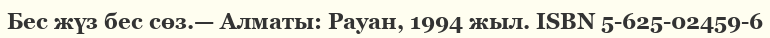
Бес жүз бес сөз.— Алматы: Рауан, 1994 жыл. ISBN 5-625-02459-6